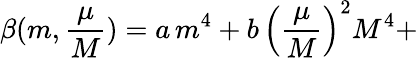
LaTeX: \beta(m,\frac{\mu}{M})=a\, m^{4}+b\, \left(\frac{\mu}{M}\right)^{2}M^{4}+